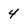
Character: 4